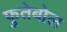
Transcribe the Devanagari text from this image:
फुतेबोल